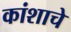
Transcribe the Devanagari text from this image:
कांशाचे